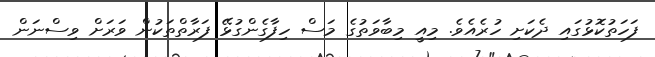
ފަހަތުކޮޅުގައި ދެކަށި ހުރެއެވެ. މިއީ މިބާވަތުގެ މަސް ހިފާގެންގުޅޭ ފަރާތްތަކުން ވަރަށް ވިސްނަން